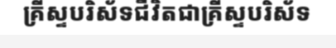
គ្រីស្ទបរិស័ទជីវិតជាគ្រីស្ទបរិស័ទ